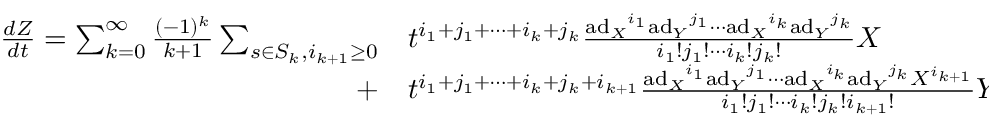
\begin{array} { r l } { { \frac { d Z } { d t } } = \sum _ { k = 0 } ^ { \infty } { \frac { ( - 1 ) ^ { k } } { k + 1 } } \sum _ { s \in S _ { k } , i _ { k + 1 } \geq 0 } } & { { } t ^ { i _ { 1 } + j _ { 1 } + \cdots + i _ { k } + j _ { k } } { \frac { { \mathrm { a d } _ { X } } ^ { i _ { 1 } } { \mathrm { a d } _ { Y } } ^ { j _ { 1 } } \cdots { \mathrm { a d } _ { X } } ^ { i _ { k } } { \mathrm { a d } _ { Y } } ^ { j _ { k } } } { i _ { 1 } ! j _ { 1 } ! \cdots i _ { k } ! j _ { k } ! } } X } \\ { + } & { { } t ^ { i _ { 1 } + j _ { 1 } + \cdots + i _ { k } + j _ { k } + i _ { k + 1 } } { \frac { { \mathrm { a d } _ { X } } ^ { i _ { 1 } } { \mathrm { a d } _ { Y } } ^ { j _ { 1 } } \cdots { \mathrm { a d } _ { X } } ^ { i _ { k } } { \mathrm { a d } _ { Y } } ^ { j _ { k } } X ^ { i _ { k + 1 } } } { i _ { 1 } ! j _ { 1 } ! \cdots i _ { k } ! j _ { k } ! i _ { k + 1 } ! } } Y , \quad i _ { r } , j _ { r } \geq 0 , \quad i _ { r } + j _ { r } > 0 , \quad 1 \leq r \leq k , } \end{array}